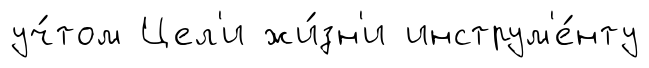
уч́том Цел'и жи́зн'и инструм'е́нту